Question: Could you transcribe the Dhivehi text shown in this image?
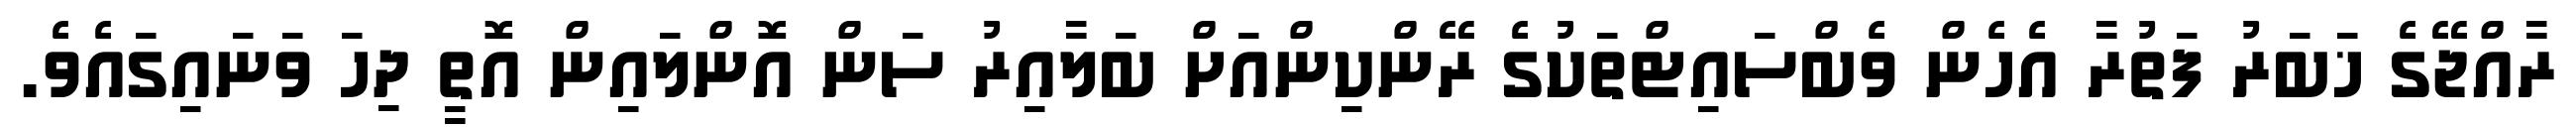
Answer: ރާއްޖޭގެ ޚަބަރު ފަތުރާ އެހެން ވެބްސައިޓްތަކުގެ ރޭންކިންއަށް ބަލާއިރު ސަން އޮންލައިން އޮތީ ދިހަ ވަނައިގައެވެ.